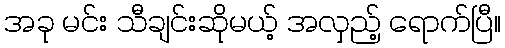
အခု မင်း သီချင်းဆိုမယ့် အလှည့် ရောက်ပြီ။